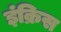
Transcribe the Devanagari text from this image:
इंक्रिस